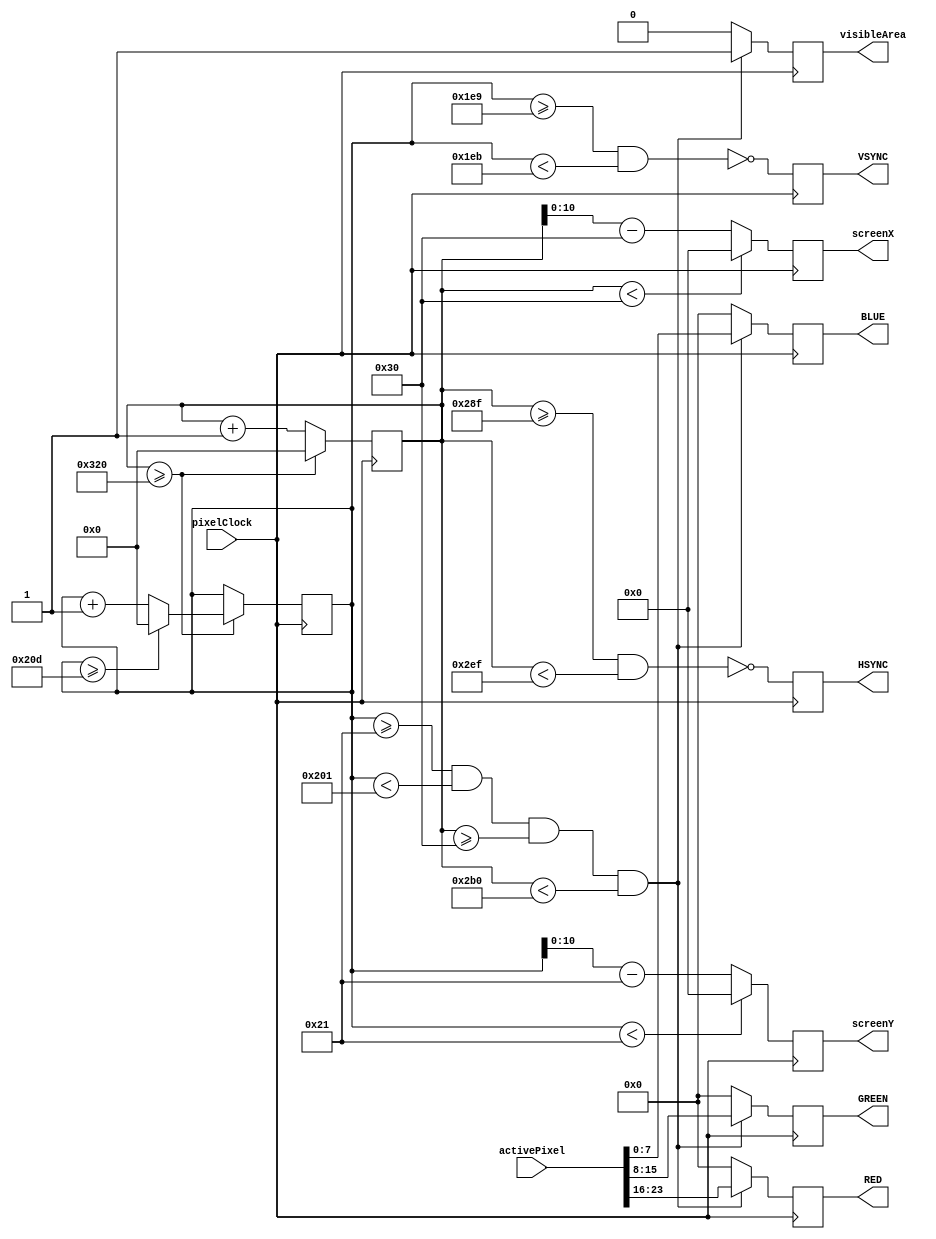
/*

West,A (2019) fpga-pong [Source code].
https://github.com/andy-west/fpga-pong.


*/


module Vga(
	input pixelClock,
	input [23:0] activePixel,
	output reg [7:0]RED,
	output reg [7:0]GREEN,
	output reg [7:0]BLUE,
	output reg HSYNC,
	output reg VSYNC,
	output reg visibleArea,
	output reg [10:0] screenX,
	output reg [10:0] screenY
);

reg [15:0] hPos = 0;
reg [15:0] vPos = 0;

parameter [15:0] hVisiblePixels = 640;
localparam [7:0] hBackPorchPixels = 48;
localparam [7:0] hSyncPixels = 96;
localparam [7:0] hFrontPorchPixels = 16;
localparam [15:0] hTotalPixels = hVisiblePixels + hFrontPorchPixels + hSyncPixels + hBackPorchPixels;

parameter [15:0] vVisibleLines = 480;
localparam [7:0] vBackPorchLines = 33;
localparam [7:0] vSyncLines = 2;
localparam [7:0] vFrontPorchLines = 10;
localparam [15:0] vTotalLines = vVisibleLines + vFrontPorchLines + vSyncLines + vBackPorchLines;

// horizontal timings
    parameter HA_END = 639;           // end of active pixels
    parameter HS_STA = HA_END + 16;   // sync starts after front porch
    parameter HS_END = HS_STA + 96;   // sync ends
    parameter LINE   = 799;           // last pixel on line (after back porch)

    // vertical timings
    parameter VA_END = 479;           // end of active pixels
    parameter VS_STA = VA_END + 10;   // sync starts after front porch
    parameter VS_END = VS_STA + 2;    // sync ends
    parameter SCREEN = 524;           // last line on screen (after back porch)




always @(posedge pixelClock)
begin
	hPos <= hPos + 1'b1;

	if (hPos >= hTotalPixels)
	begin
		hPos <= 0;
		vPos <= vPos + 1'b1;

		if (vPos >= vTotalLines)
			vPos <= 0;
	end

	if ((vPos >= vBackPorchLines)
		& (vPos < vBackPorchLines + vVisibleLines)
		& (hPos >= hBackPorchPixels)
		& (hPos < hBackPorchPixels + hVisiblePixels))
		begin
			visibleArea <= 1;

			RED <= activePixel[23:16];
			GREEN <= activePixel[15:8];
			BLUE <= activePixel[7:0];
		end
	else
		begin
			visibleArea <= 0;

			RED <= 8'h00;
			GREEN <= 8'h00;
			BLUE <= 8'h00;
		end

	/*if (hPos >hVisiblePixels + hFrontPorchPixels && hPos < hVisiblePixels + hFrontPorchPixels+hSyncPixels)
		HSYNC <= 0;
	else
		HSYNC <= 1;

	if (vPos > vVisibleLines+vFrontPorchLines && vPos< vVisibleLines+vFrontPorchLines+vSyncLines)
		VSYNC <= 0;
	else
		VSYNC <= 1;	
	*/
	
	HSYNC = ~(hPos >= HS_STA && hPos < HS_END);  // invert: negative polarity
	VSYNC = ~(vPos >= VS_STA && vPos < VS_END);
	
	
	if(hPos<hBackPorchPixels) screenX<=0;
	else screenX <= hPos - hBackPorchPixels;
	if (vPos<vBackPorchLines) screenY<=0;
	else screenY <= vPos - vBackPorchLines;
end

endmodule




/*module testbench;

	reg pixelClock;
	reg [23:0] activePixel;
	wire [7:0]RED;
	wire [7:0]GREEN;
	wire [7:0]BLUE;
	wire HSYNC;
	wire VSYNC;
	wire visibleArea;
	wire [10:0] screenX;
	wire [10:0] screenY;
	
	
	Vga vg(.pixelClock(pixelClock),.activePixel(activePixel),.RED(RED),.GREEN(GREEN),
	.BLUE(BLUE),.HSYNC(HSYNC),.VSYNC(VSYNC),.visibleArea(visibleArea),.screenX(screenX),.screenY(screenY));
	
	always begin
	
	#10 pixelClock<=1;
	#10 pixelClock<=0;
	
	
	end
	
	always begin
	
	#100 activePixel<=24'hff00ff;
	#100 activePixel<=24'hff0000;
	
	
	end
	
endmodule

*/